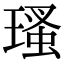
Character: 瑵